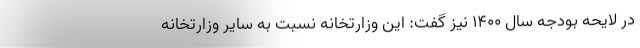
در لایحه بودجه سال ۱۴۰۰ نیز گفت: این وزارتخانه نسبت به سایر وزارتخانه